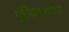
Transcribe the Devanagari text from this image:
धूलिकणाच्या